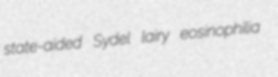
state-aided Sydel lairy eosinophilia